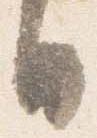
日